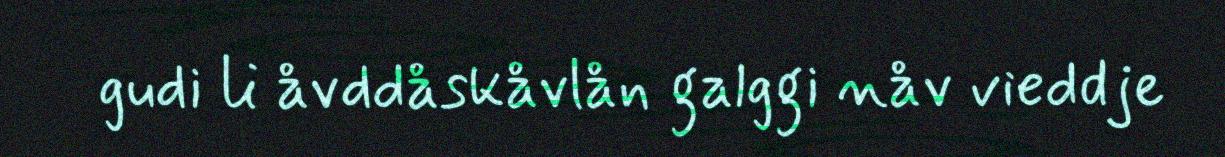
gudi li åvddåskåvlån galggi nåv vieddje